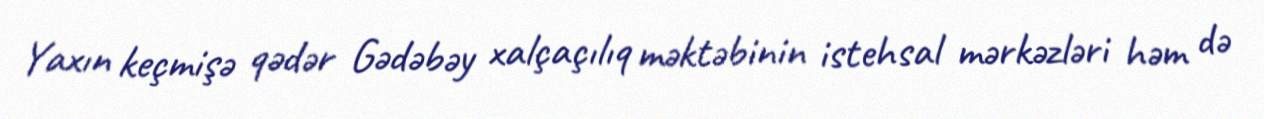
Yaxın keçmişə qədər Gədəbəy xalçaçılıq məktəbinin istehsal mərkəzləri həm də